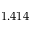
1 . 4 1 4